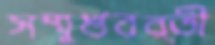
সম্মুখবর্তী